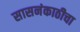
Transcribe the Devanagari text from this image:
सासनंकाठीचा